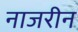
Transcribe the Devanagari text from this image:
नाजरीन